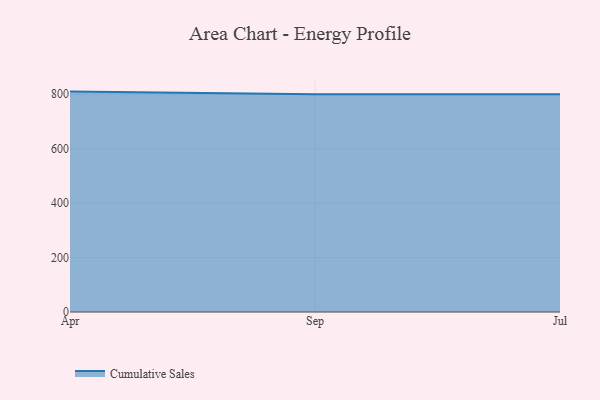
{"axis": {"x": "Month", "y": "Backlog"}, "legend": ["Cumulative Sales"], "data": [{"x": "Apr", "y": 809.7, "type": "Cumulative Sales"}, {"x": "Sep", "y": 800, "type": "Cumulative Sales"}, {"x": "Jul", "y": 800, "type": "Cumulative Sales"}]}